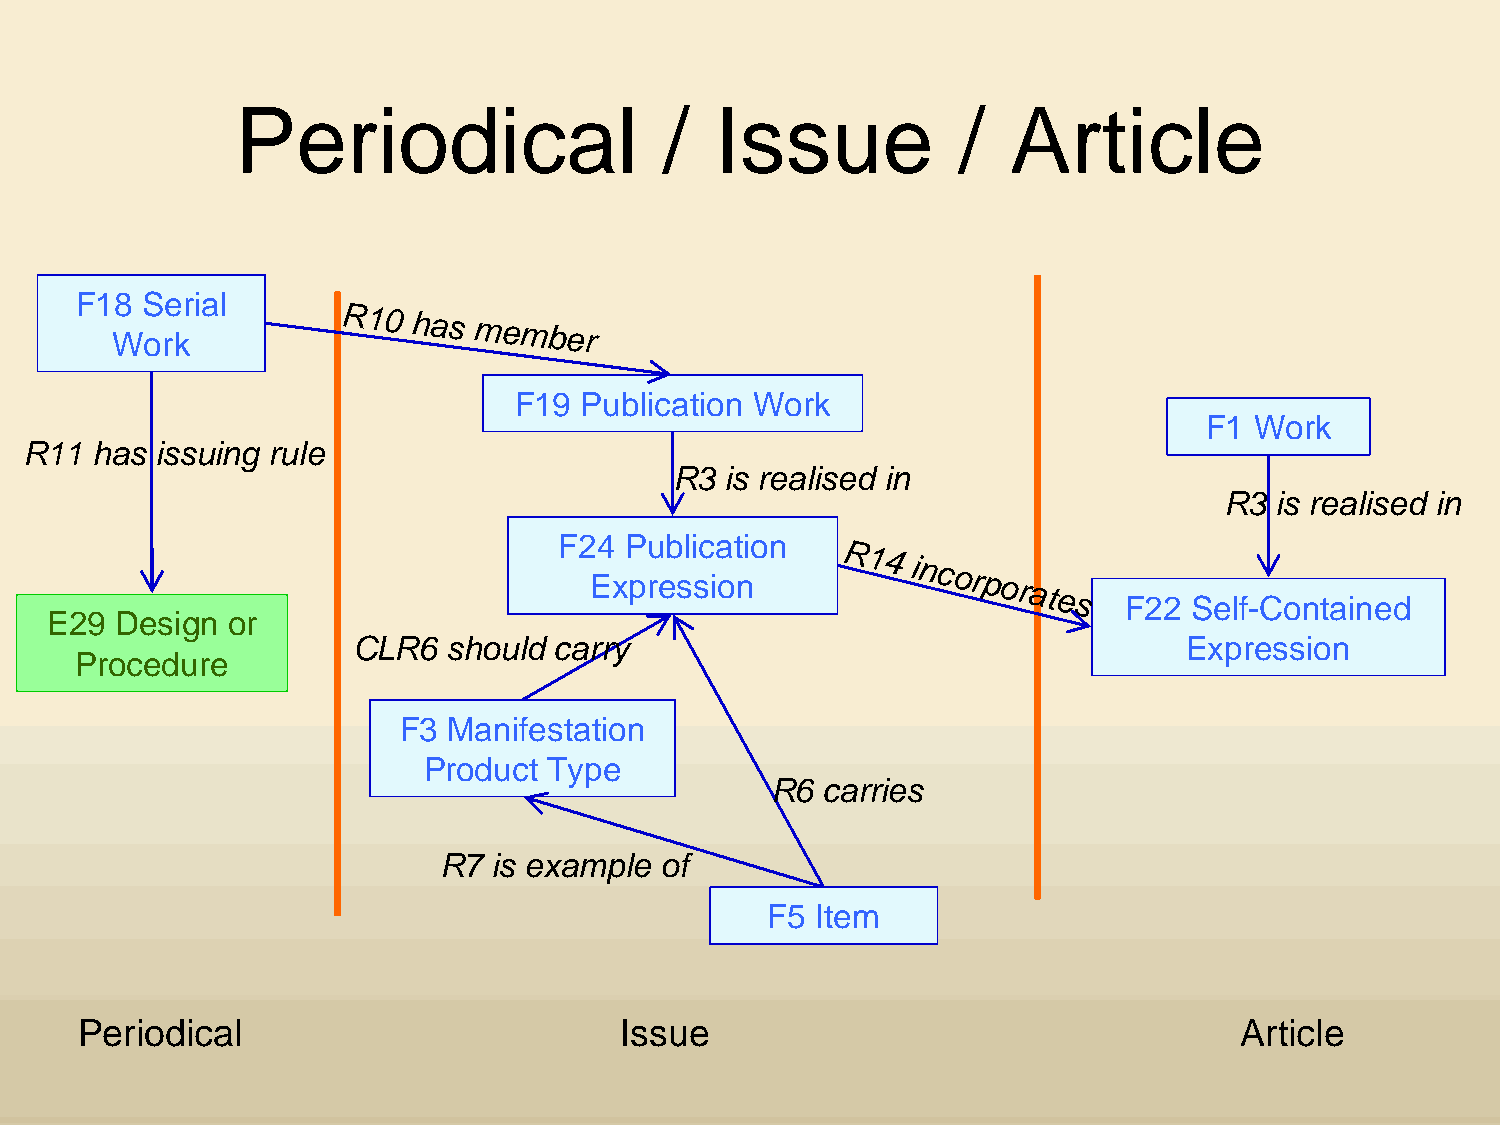
Periodical                  /   Issue           /  Article
 F18  Serial
 Work
 R10
 has
 member
 F19  Publication Work
 F1 Work
 R11  has issuing rule
 R3 is realised in
 R3  is realised in
 F24  Publication
 Expression
 R14
 incorporates
 F22 Self-Contained
 E29 Design  or
 CLR6  should carry                                     Expression
 Procedure
 F3 Manifestation
 Product  Type
 R6  carries
 R7 is example of
 F5 Item
 Periodical                         Issue                                     Article